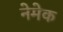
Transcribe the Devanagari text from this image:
नेमेक